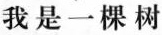
我是一棵树